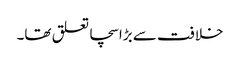
خلافت سے بڑا سچا تعلق تھا۔